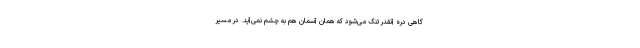
گاهی دره آنقدر تنگ می‌شود که همان آسمان هم به چشم نمی‌آید. در مسیر